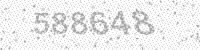
Solution: 588648